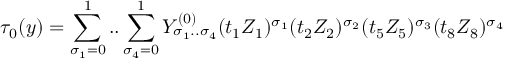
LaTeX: \tau _ { 0 } ( y ) = \sum _ { \sigma _ { 1 } = 0 } ^ { 1 } . . \sum _ { \sigma _ { 4 } = 0 } ^ { 1 } Y _ { \sigma _ { 1 } . . \sigma _ { 4 } } ^ { ( 0 ) } ( t _ { 1 } Z _ { 1 } ) ^ { \sigma _ { 1 } } ( t _ { 2 } Z _ { 2 } ) ^ { \sigma _ { 2 } } ( t _ { 5 } Z _ { 5 } ) ^ { \sigma _ { 3 } } ( t _ { 8 } Z _ { 8 } ) ^ { \sigma _ { 4 } }